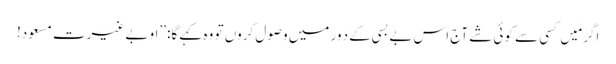
اگر مَیں کسی سے کوئی شے آج اس بے بسی کے دَور میں وصول کروں تو وہ کہے گا: ’’او بے غیرت مسعود!